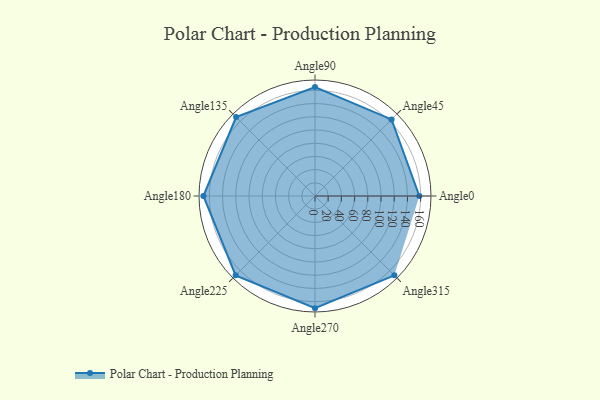
{"axis": {"x": "Angle", "y": "Radius"}, "legend": [""], "data": [{"x": "Angle0", "y": 158.0, "type": ""}, {"x": "Angle45", "y": 164.0, "type": ""}, {"x": "Angle90", "y": 165.0, "type": ""}, {"x": "Angle135", "y": 169.0, "type": ""}, {"x": "Angle180", "y": 169.0, "type": ""}, {"x": "Angle225", "y": 170, "type": ""}, {"x": "Angle270", "y": 170, "type": ""}, {"x": "Angle315", "y": 170, "type": ""}]}